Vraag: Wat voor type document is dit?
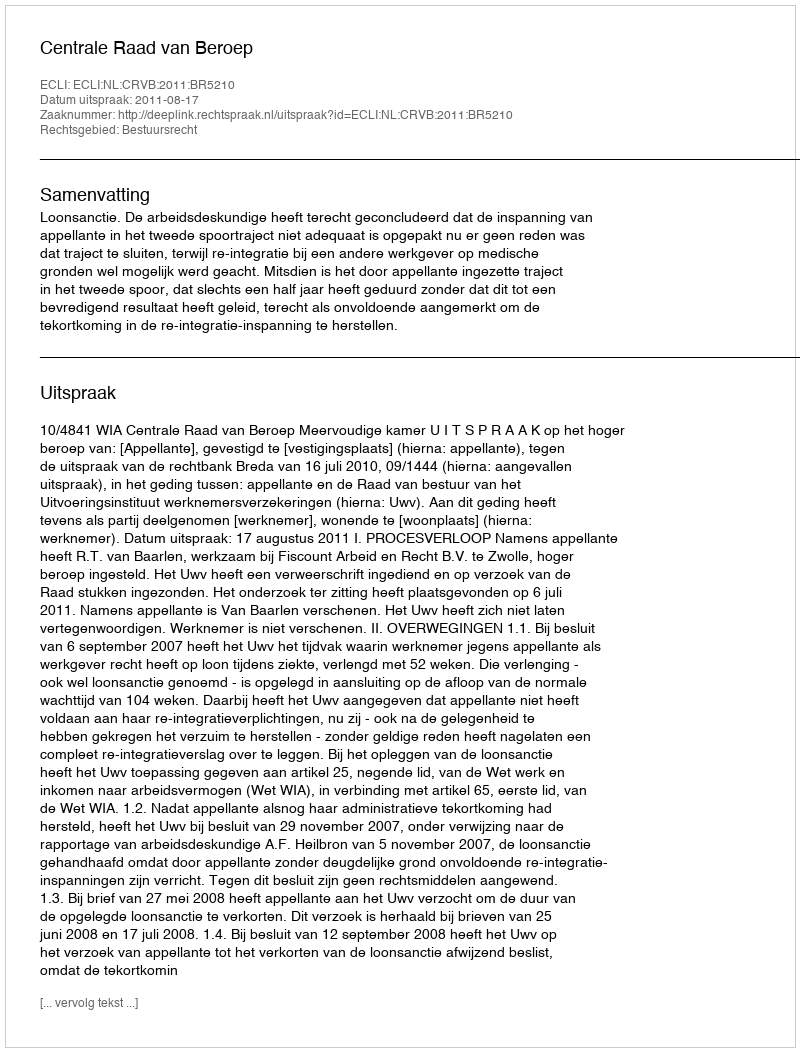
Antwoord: Uitspraak